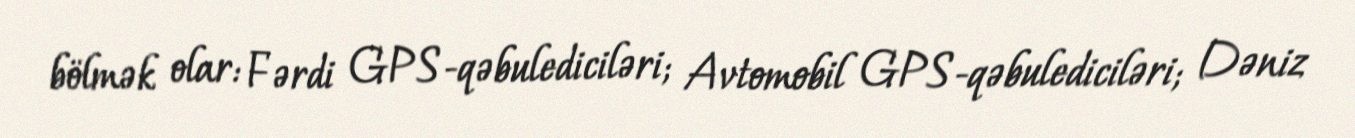
bölmək olar: Fərdi GPS-qəbulediciləri; Avtomobil GPS-qəbulediciləri; Dəniz